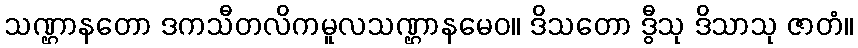
သဏ္ဌာနတော ဒကသီတလိကမူလသဏ္ဌာနမေဝ။ ဒိသတော ဒွီသု ဒိသာသု ဇာတံ။